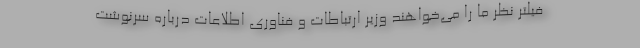
فیلتر نظر ما را می‌خواهند وزیر ارتباطات و فناوری اطلاعات درباره سرنوشت